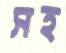
সহ